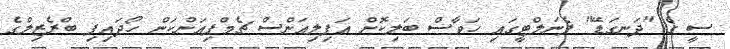
ސީ ގެ "ދަނގަޑޭ" ޕެނަލްޓީގައި ހަވާސް ބަލިކޮށް އަފިލިއަންސް ޗެމްޕިއަންކަން ހޯދައިފި ބްރެޒިލްގެ